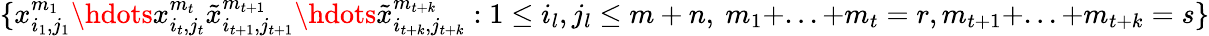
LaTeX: \{ x_{i_{1},j_{1}}^{m_{1}}\hdots x_{i_{t},j_{t}}^{m_{t}}\tilde{x}_{i_{t+1},j_{t+1}}^{m_{t+1}}\hdots\tilde{x}_{i_{t+k},j_{t+k}}^{m_{t+k}}:1\leq i_{l},j_{l}\leq m+n,\ m_{1}+...+m_{t}=r,m_{t+1}+...+m_{t+k}=s\}